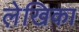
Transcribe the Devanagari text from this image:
ले़खिका